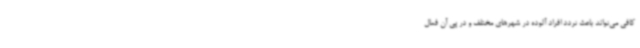
کافی می‌تواند باعث تردد افراد آلوده در شهرهای مختلف و در پی آن فعال